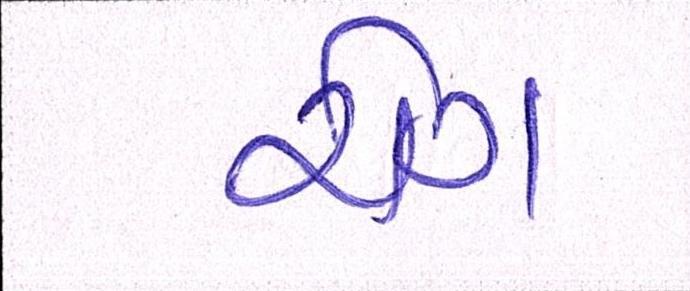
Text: રોગ